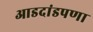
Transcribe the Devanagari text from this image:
आडदांडपणा